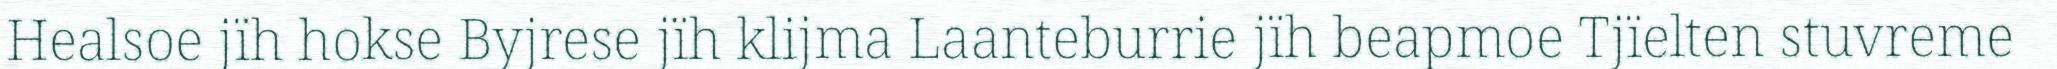
Healsoe jïh hokse Byjrese jïh klijma Laanteburrie jïh beapmoe Tjïelten stuvreme